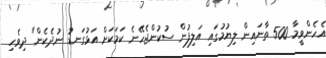
އެހެންވީމާ 500 ތާނައިން ލިޔުމުގައި އަލިފުން ސުކުންޖެހޭނެ ކަމަކަށް އަޅުގަނޑު ނުދެކެން" ދިވެހި